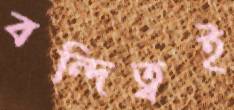
বন্দিত্বই